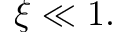
\xi \ll 1 .